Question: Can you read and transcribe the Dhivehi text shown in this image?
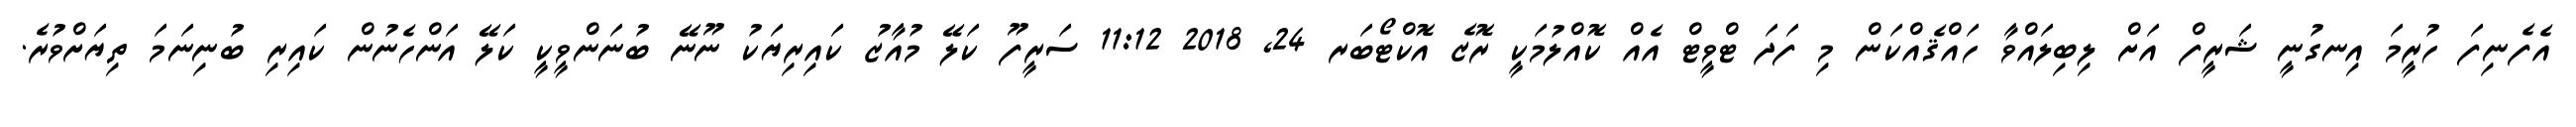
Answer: އެފެނިފަ ހުރީމަ އިނގުނީ ޝަރީފް އަށް ލިބިލައްވާ ހައްޤެއްކަން މި ފަދަ ޓްވީޓް އެއް ކޮއްލުމަކީ ރޮޒެ އޮކްޓޯބަރ 24, 2018 11:12 ސަރީފޫ ކަލޭ މުއާޒު ކައިރިޔަކު ނޫނޭ ބުނަންވީކީ ކަލޭ އަންހެނުން ކައިރި ބުނިނަމަ ތިޔަށްވުރެ.